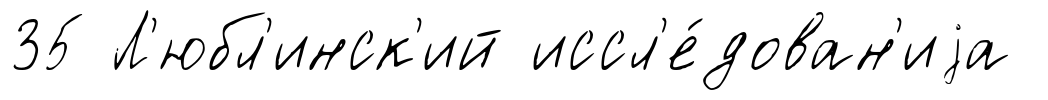
35 Л'юбл'инск'ий иссл'е́дован'иjа